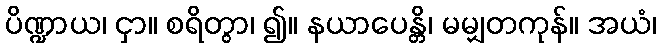
ပိဏ္ဍာယ၊ ငှာ။ စရိတွာ၊ ၍။ နယာပေန္တိ၊ မမျှတကုန်။ အယံ၊